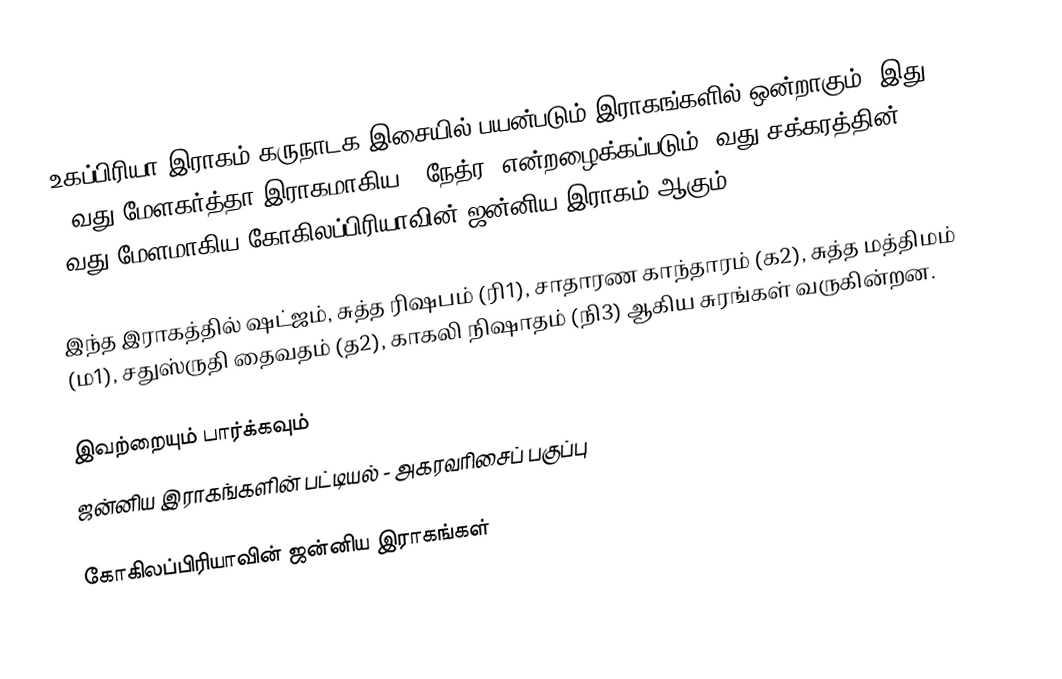
உகப்பிரியா இராகம் கருநாடக இசையில் பயன்படும் இராகங்களில் ஒன்றாகும். இது 11வது மேளகர்த்தா இராகமாகிய, "நேத்ர" என்றழைக்கப்படும் 2வது சக்கரத்தின் 5வது மேளமாகிய கோகிலப்பிரியாவின் ஜன்னிய இராகம் ஆகும்.

இந்த இராகத்தில் ஷட்ஜம், சுத்த ரிஷபம் (ரி1), சாதாரண காந்தாரம் (க2), சுத்த மத்திமம் (ம1), சதுஸ்ருதி தைவதம் (த2), காகலி நிஷாதம் (நி3) ஆகிய சுரங்கள் வருகின்றன.

இவற்றையும் பார்க்கவும்
 ஜன்னிய இராகங்களின் பட்டியல் - அகரவரிசைப் பகுப்பு

கோகிலப்பிரியாவின் ஜன்னிய இராகங்கள்